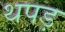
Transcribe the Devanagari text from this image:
थपड़